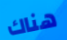
هناك